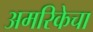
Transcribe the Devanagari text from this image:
अमरिकेचा